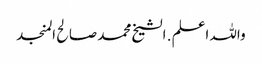
واللہ اعلم . الشیخ محمد صالح المنجد